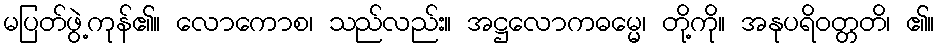
မပြတ်ဖွဲ့ကုန်၏။ လောကောစ၊ သည်လည်း။ အဋ္ဌလောကဓမ္မေ၊ တို့ကို။ အနုပရိဝတ္တတိ၊ ၏။